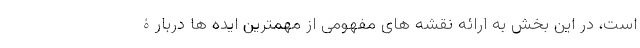
است، در این بخش به ارائه نقشه های مفهومی از مهمترین ایده ها دربارۀ